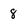
Character: 8